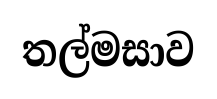
තල්මසාව